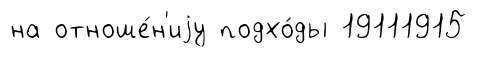
на отноше́н'иjу подхо́ды 19111915